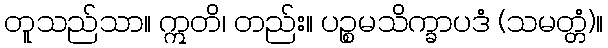
တူသည်သာ။ ဣတိ၊ တည်း။ ပဉ္စမသိက္ခာပဒံ (သမတ္တံ)။